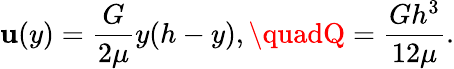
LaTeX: \mathbf{u}(y)={\frac{{G}}{{2\mu}}}y(h-y),\quadQ={\frac{{Gh^{3}}}{{12\mu}}}.